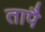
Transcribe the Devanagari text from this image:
तापै